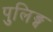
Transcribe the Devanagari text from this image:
पुलिङ्ग